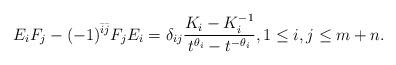
LaTeX: \begin{align*}E_i F_j - (-1)^{\bar{i}\bar{j}}F_j E_i =\delta_{i j} \frac{K_i -K_i^{-1}}{t ^{\theta_i}- t^{-\theta_i}}, 1\le i, j\le m+n.\end{align*}